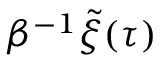
\beta ^ { - 1 } \tilde { \xi } ( \tau )